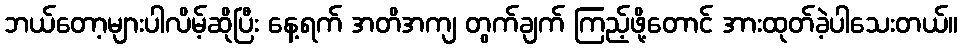
ဘယ်တော့များပါလိမ့်ဆိုပြီး နေ့ရက် အတိအကျ တွက်ချက် ကြည့်ဖို့တောင် အားထုတ်ခဲ့ပါသေးတယ်။